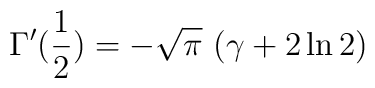
\Gamma^{\prime}({{1} \over {2}}) = - \sqrt{\pi} \  (\gamma + 2 \ln 2)